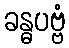
ခန္ဓပဗ္ဗံ